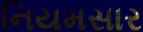
નિયમસાર